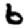
Digit: 6